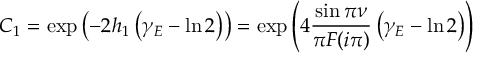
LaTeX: C _ { 1 } = \exp \left( - 2 h _ { 1 } \left( \gamma _ { E } - \ln 2 \right) \right) = \exp \left( 4 \frac { \sin \pi \nu } { \pi F ( i \pi ) } \left( \gamma _ { E } - \ln 2 \right) \right)